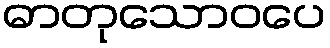
ဓာတုသောဝပေ